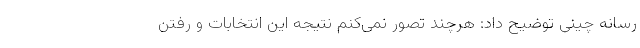
رسانه چینی توضیح داد: هرچند تصور نمی‌کنم نتیجه این انتخابات و رفتن